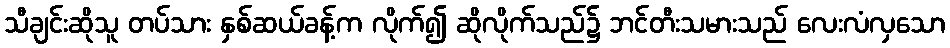
သီချင်းဆိုသူ တပ်သား နှစ်ဆယ်ခန့်က လိုက်၍ ဆိုလိုက်သည်၌ ဘင်တီးသမားသည် လေးလံလှသော